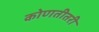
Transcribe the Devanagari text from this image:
कोणतीतरी